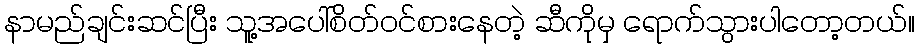
နာမည်ချင်းဆင်ပြီး သူ့အပေါ်စိတ်ဝင်စားနေတဲ့ ဆီကိုမှ ရောက်သွားပါတော့တယ်။